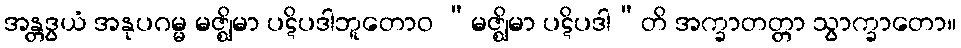
အန္တဒွယံ အနုပဂမ္မ မဇ္ဈိမာ ပဋိပဒါဘူတောဝ “မဇ္ဈိမာ ပဋိပဒါ”တိ အက္ခာတတ္တာ သွာက္ခာတော။